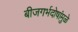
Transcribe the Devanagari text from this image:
बीजगर्भदोषांमुळे